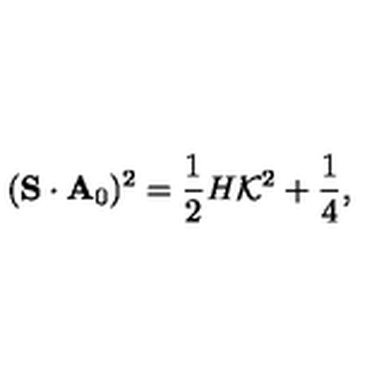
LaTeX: ( { \bf S } \cdot { \bf A } _ { 0 } ) ^ { 2 } = \mathrm { \frac { 1 } { 2 } } H { \cal K } ^ { 2 } + \mathrm { \frac { 1 } { 4 } } ,